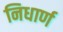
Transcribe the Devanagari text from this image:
निधार्ण